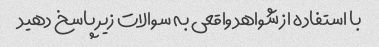
با استفاده از شواهد واقعی به سوالات زیر پاسخ دهید